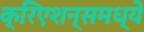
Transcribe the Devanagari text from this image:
क्रिएशन्समध्ये